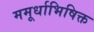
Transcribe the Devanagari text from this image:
ममूर्धाभिषिक्त